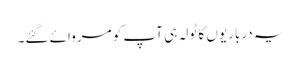
یہ درباریوں کا ٹولہ ہی آپ کو مروائے گئے۔